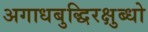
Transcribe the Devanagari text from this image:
अगाधबुद्धिरक्षुब्धो